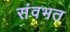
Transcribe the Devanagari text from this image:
संवभत